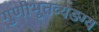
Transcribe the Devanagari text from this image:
गुणीभूतव्यङग्य